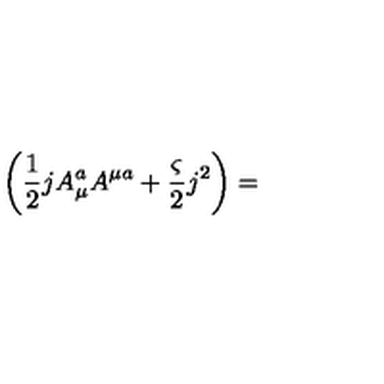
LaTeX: \left( \frac { 1 } { 2 } j A _ { \mu } ^ { a } A ^ { \mu a } + \frac { \varsigma } { 2 } j ^ { 2 } \right) =